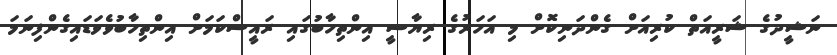
ނަޝީދުގެ ޝަރީއަތް ކުރިއަށް ގެންދަނިކޮށް މި އަހަރުގެ ރިޔާސީ އިންތިހާބުގައި ރައީސްކަމަށް އިންތިހާބުވެވަޑައިގެންފިނަމަ